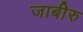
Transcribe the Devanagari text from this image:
जाबीरु